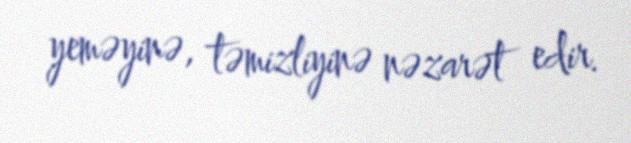
yeməyinə, təmizliyinə nəzarət edir.